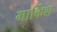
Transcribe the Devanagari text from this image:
मार्किश